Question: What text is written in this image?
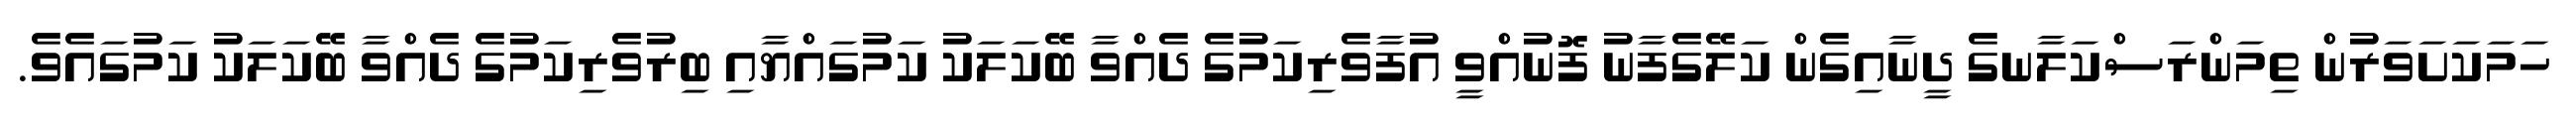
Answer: ހަމަކަށަވަރުން ތިމަންރަސްކަލާނގެ ދީނާއިގެން ކަލޭގެފާނު ފޮނުއްވީ އުފާވެރިކަމުގެ ދެއްވާ ބޭކަލަކު ކަމުގައްޔާއި ބިރުވެރިކަމުގެ ދެއްވާ ބޭކަލަކު ކަމުގައެވެ.